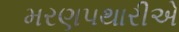
મરણપથારીએ